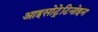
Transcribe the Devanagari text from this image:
आइसोट्रेटिनोइन